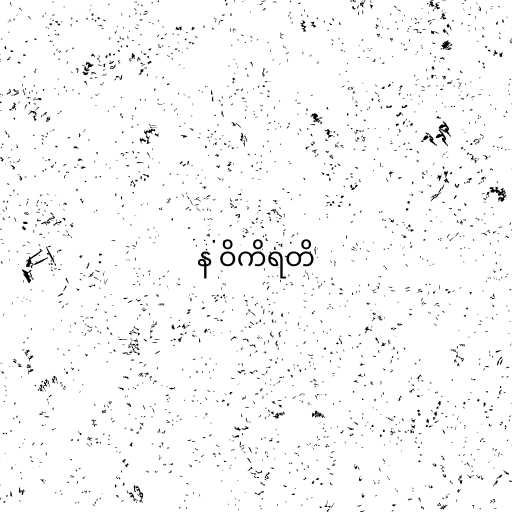
န ဝိကိရတိ